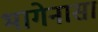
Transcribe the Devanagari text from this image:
भागेनासा